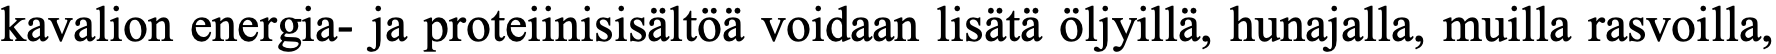
kavalion energia- ja proteiinisisältöä voidaan lisätä öljyillä, hunajalla, muilla rasvoilla,